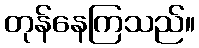
တုန်နေကြသည်။